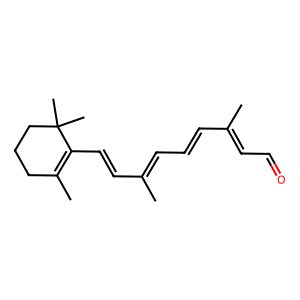
SMILES: CC(C=CC=C(C)C=CC1=C(C)CCCC1(C)C)=CC=O
Inhibits HIV replication: No